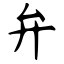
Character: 弁